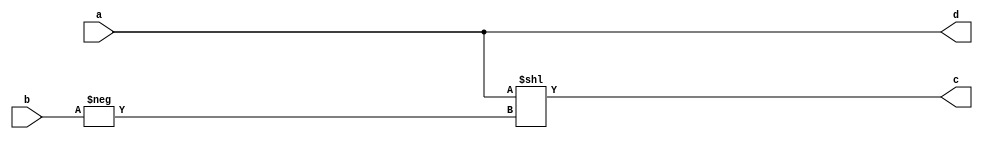

module shiftx(input [7:0] a, input [7:0] b, output [7:0] c, output [7:0] d);

//assign c = $signed(b) < 0 ? a << -b : a >> b;
  assign c = a << $signed(-b);
  assign d = a;
//assign d = a[$signed(b) +: 8];

//wire [3:0] e = a[-2 +: 4];

endmodule